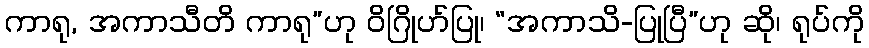
ကာရု, အကာသီတိ ကာရု”ဟု ဝိဂြိုဟ်ပြု၊ “အကာသိ-ပြုပြီ”ဟု ဆို၊ ရုပ်ကို